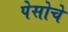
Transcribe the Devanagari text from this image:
पेसोचे